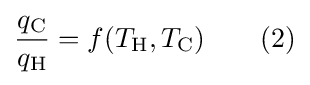
{\frac {q_{\text{C}}}{q_{\text{H}}}}=f(T_{\text{H}},T_{\text{C}})\qquad (2)